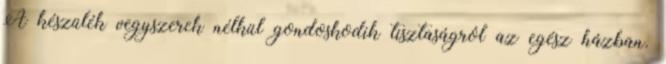
A készülék vegyszerek nélkül gondoskodik tisztaságról az egész házban.